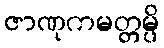
ဇာဏုကမတ္တမ္ပိ